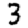
Digit: 3